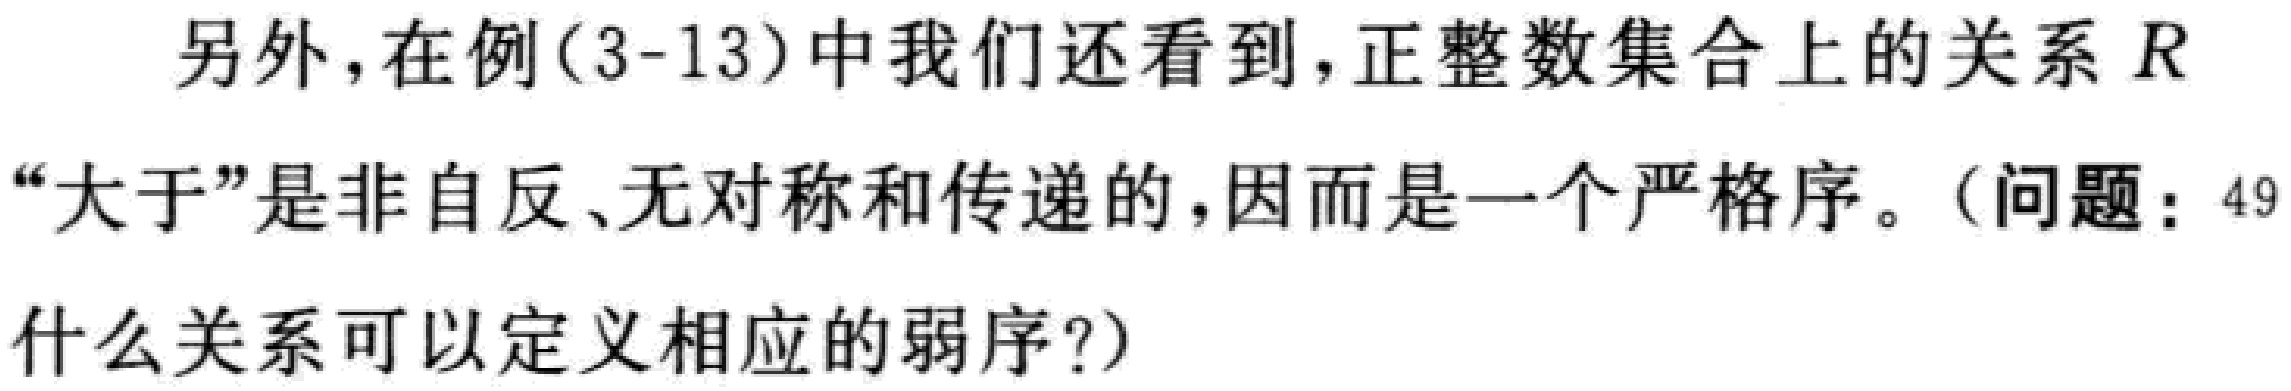
另外，在例(3-13)中我们还看到，正整数集合上的关系\(R\)“大于”是非自反、无对称和传递的，因而是一个严格序。（问题：49什么关系可以定义相应的弱序?）